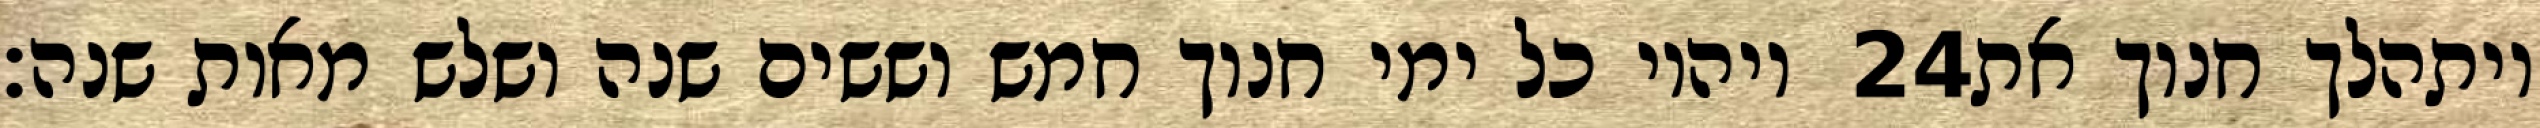
ויהיו כל ימי חנוך חמש וששים שנה ושלש מאות שנה׃ ‎24‏ ויתהלך חנוך את